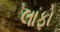
લાફો